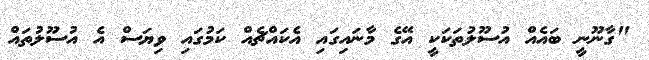
"ގާނޫނީ ބައެއް އުސޫލުތަކަކީ އޭގެ މާނައިގައި އެކައްޗެއް ކަމުގައި ވިޔަސް އެ އުސޫލުތައް